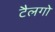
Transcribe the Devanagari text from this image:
टैलगो